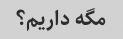
مگه داریم؟